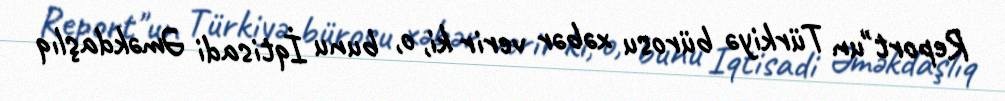
Report"un Türkiyə bürosu xəbər verir ki, o, bunu İqtisadi Əməkdaşlıq